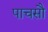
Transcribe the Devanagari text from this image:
पाचसौ